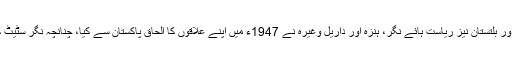
عدالت نے اپنے فیصلے میں پٹیشن کے نکات کا بھی حوالہ دیا، جس میں کہا گیا تھا کہ گلگت اور بلتستان نیز ریاست ہائے نگر، ہنزہ اور داریل وغیرہ نے 1947ء میں اپنے علاقوں کا الحاق پاکستان سے کیا، چنانچہ نگر سٹیٹ کے سربراہ میر شوکت علی نے 19 نومبر1947ء کو الحاق کی دستاویز پاکستان کو پیش کیں۔